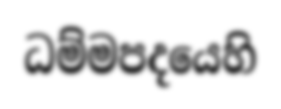
ධම්මපදයෙහි